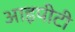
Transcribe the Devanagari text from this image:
आइपीटी